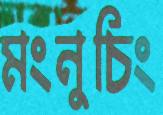
মংনুচিং